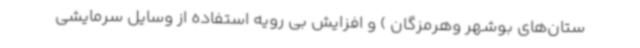
ستان‌های بوشهر وهرمزگان ) و افزایش بی رویه استفاده از وسایل سرمایشی